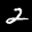
Label: 2